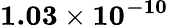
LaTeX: \mathbf{1.03\times 10^{-10}}